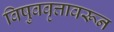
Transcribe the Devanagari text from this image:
विषुववृत्तावरून